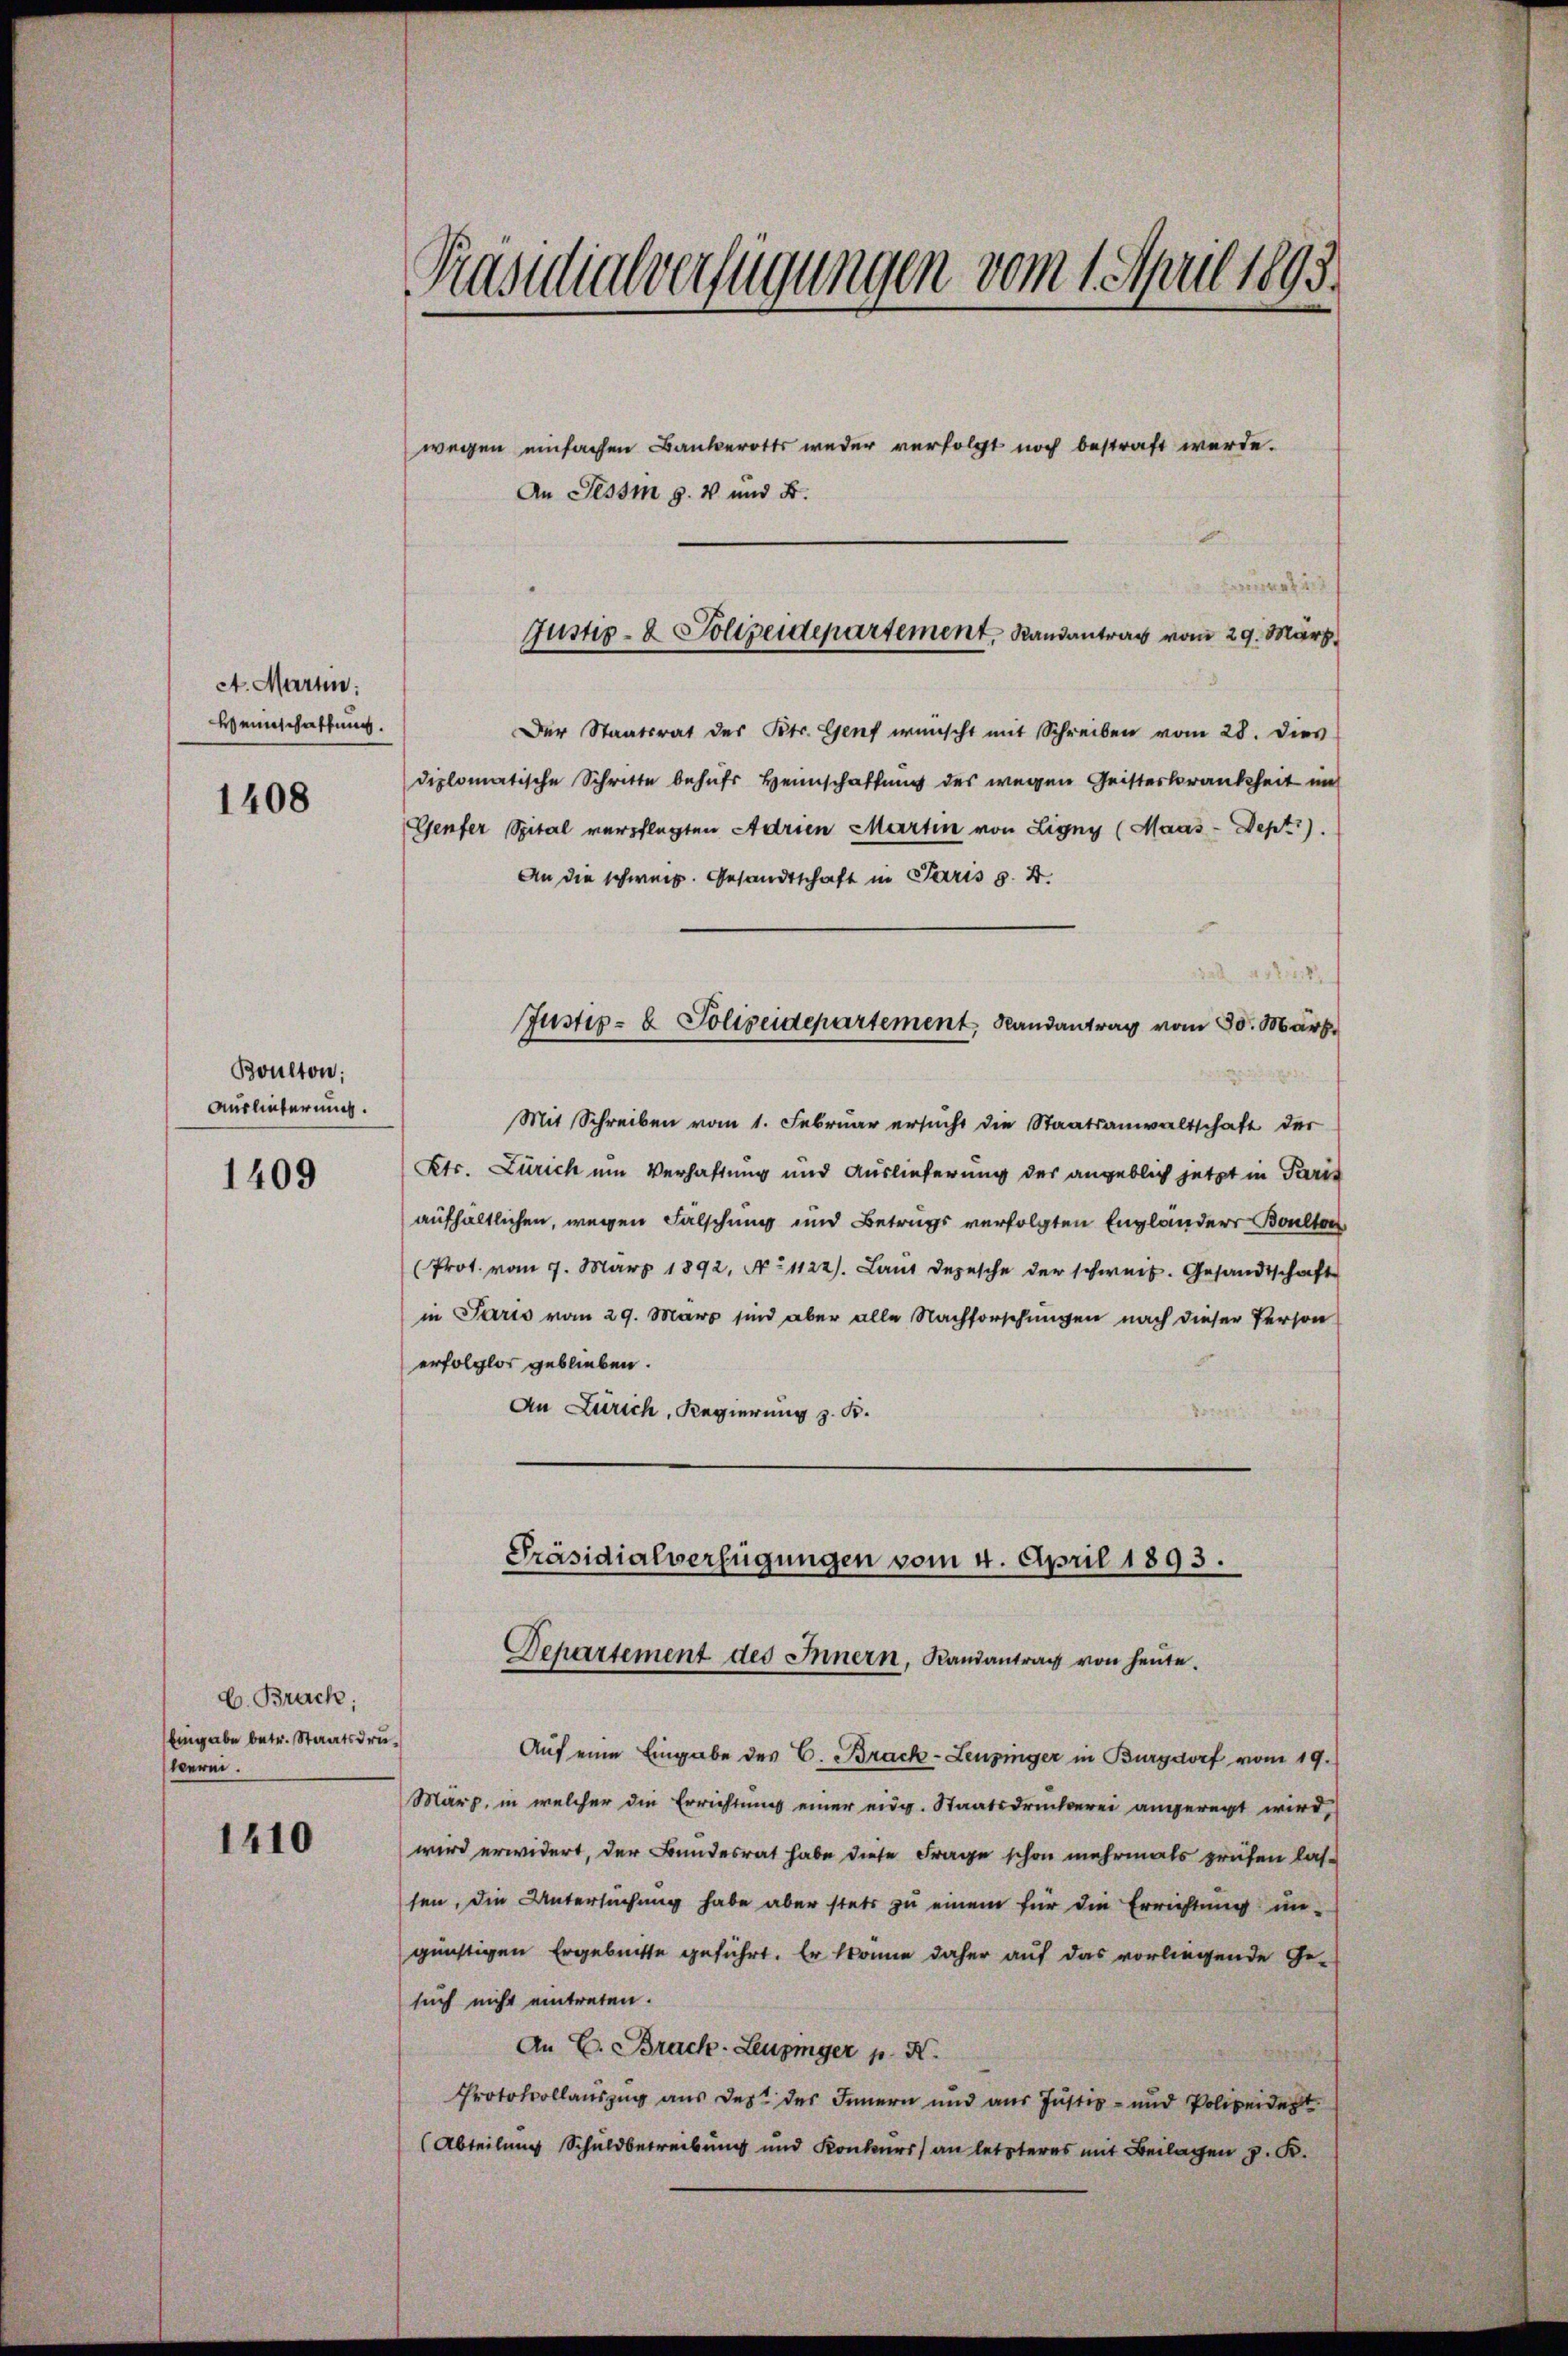
A. Marin:
Weinschaffung.

1408

Boulton;
Auslieferung.

1409

C. Brack;
Eingabe betr. Staatsdruverei.

1410

Präsidialverfügungen vom 1. April 1893.

wegen einfachen Bankerotts weder verfolgt noch bestraft werde.
An Tessi s. 4 und 8.
Der Staatsrat des Petr. Genf wünscht mit Schreiben vom 28. dies
diplomatische Schritte behufs Heimschaftung des wegen Geisterkrankheit un
Genfer Spital verpflegten Adrien Martin von Ligny (Maas-Dept).
An die schweiz. Gesandtschaft in Paris d. 4.
Justiz- & Polizeidepartement, Randantrag vom 30. März.
Mit Schreiben vom 1. Februar ersucht die Staatsanwaltschaft der
Kts. Zürich um Verhaftung und Auslieferung des angeblich jetzt in Paris
aufhältlichen, wegen Fälschung und Betrags verfolgten Englanders Boulten
(Prot. vom 7. März 1892. No 1122. Laut depesche der schweiz. Gesandtschaft
in Paris vom 29. März sind aber alle Nachforschungen nach dieser Person
erfolglos geblieben.
An Zürich, Regierung z. B.

.
Justiz- & Polizeidepartement. Randantrag vom 29. März,

Präsidialverfügungen vom 4. April 1893.
Departement des Innern, Randantrag von heute.

Auf eine Eingabe des C. Brack-Leuzinger in Burgdorf vom 19.
März, in welcher die Errichtung einer eidg. Staatsdruckerei angeregt wird,
wird erwidert, der Bundesrat habe diese Frage schon mehrmals prüfen lassen, die Untersuchung habe aber stets zu einem für die Errichtung un-
günstigen Ergebnisse geführt. Er könne daher auf das vorliegende Ge-
such nicht eintreten.
An E. Brack-Leuzinger p. N
Protokollauszug aus des des Innern und aus Justiz- und Polizeident
(Abteilung Schuldbetreibung und Konkurs an letzteres mit Beilagen z. K.